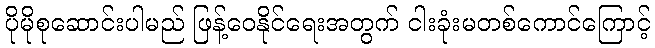
ပိုမိုစုဆောင်းပါမည် ဖြန့်ဝေနိုင်ရေးအတွက် ငါးခုံးမတစ်ကောင်ကြောင့်